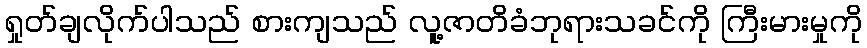
ရှုတ်ချလိုက်ပါသည် စားကျသည် လူ့ဇာတိခံဘုရားသခင်ကို ကြီးမားမှုကို